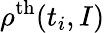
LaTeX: \rho^{\mathrm{th}}(t_{i},I)